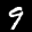
Label: 9